Indian journal of veterinary science and animal husbandry - Volume 4,
Year: 1934
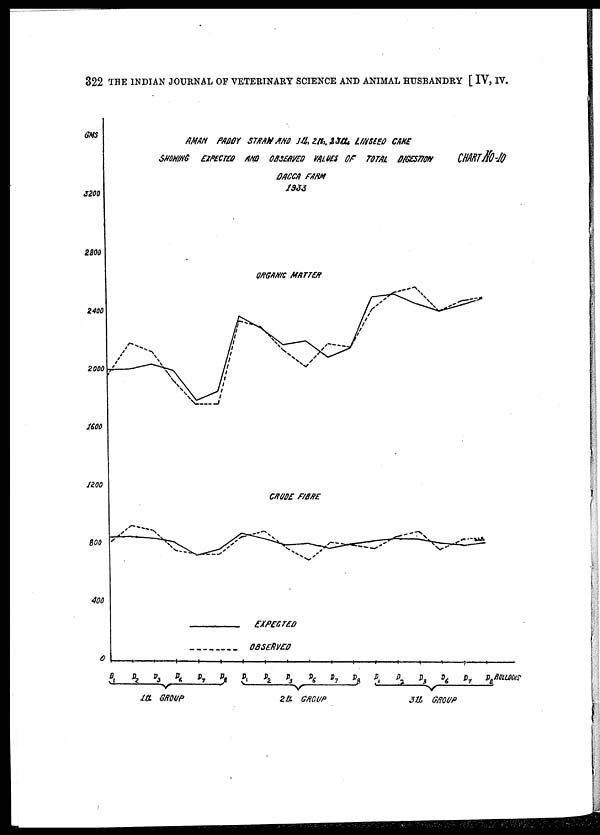
322 THE INDIAN JOURNAL OF VETERINARY SCIENCE AND ANIMAL HUSBANDRY [ IV, IV.